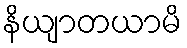
နိယျာတယာမိ